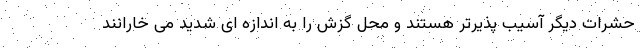
حشرات دیگر آسیب پذیرتر هستند و محل گزش را به اندازه ای شدید می خارانند